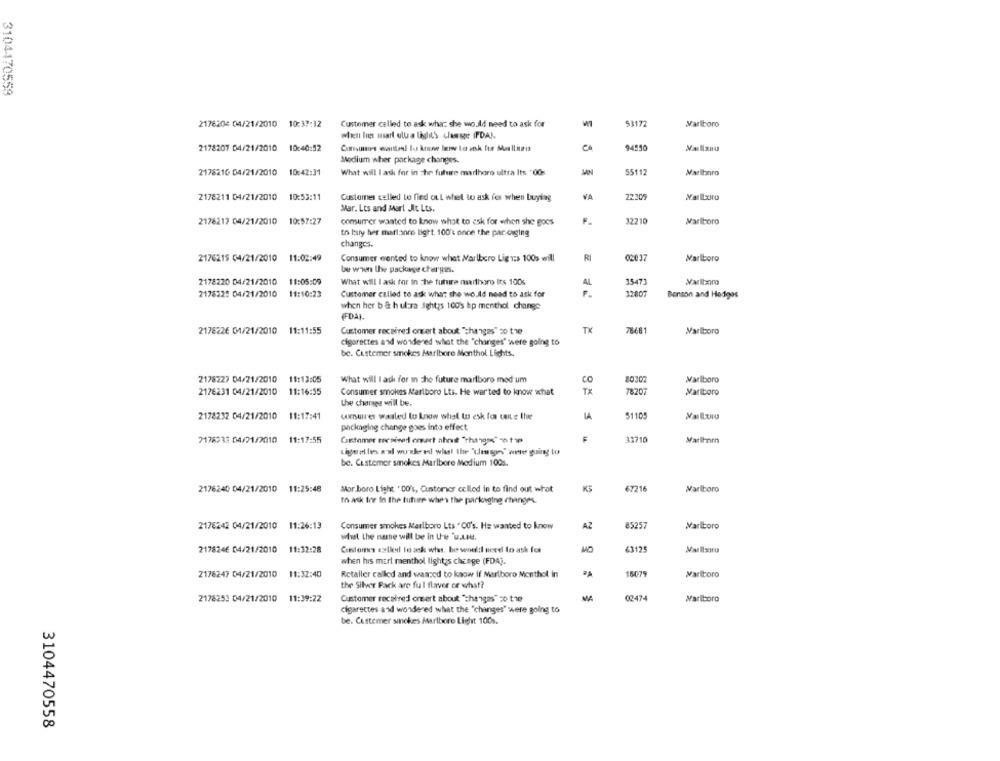
3104470559
53172
Marlboro
2176204 04/21/2010 10:37:32
Customer called to ask what she wo dd need to ask for
2178207 04/21/2010 10:40:52
94550
Medium wher package changes.
2178216 04/21/2010 10:42:31
What will I ask for in the future marlboro ultra Its +00s
5511:
Marlboro
2178211 04/21/2010
10:53:11
Customer called to find out whet to ask for when buying
VA
22305
Wallxiro
Mar. Lts and Marl Jit. Lts.
2176217 04/21/2010
10:57:27
comsurrer wanted to know what to ask for when she goes
3221
Marlboro
to bury hver mart:sore light. 100's once the par ciging
changes.
2176215 04/21/2010 11:02:49
Consumer wanted to know what Marlboro Lig T:> 100s will
R
02037
Marlboro
be when the package charges.
2178220 04/21/2010
11:05:09
What will I ask for in the future martharo Its 100s
35471
AL
217832: 04/21/2010
11:10:23
Customer called to ask what the wo.dd need to ask for
Benson and Hedges
when her ba h ulara ightys 100's hp menthol change
(FDA).
2178226 01/21/2010
11:11:55
Customer received onsert about "changes" zo the
TX
7868
Marlboro
cigarettes add wondered what the "changes" were going to
be. Custemer smokes Marlboro Menthol Lights.
2178227 04/21/2010 11:13:05
What will I ask for in The future marlboro med um
CO
20307
Marlboro
2176231 04/21/2010 11:16:55
Consumer smokes Marlboro Lts. He war ted to know what
78207
Marlboro
the charge will be.
2178232 04/21/2010 11:17:41
umures wanted to know what to esk for tante the
IA
51105
packaging change goes into effect
7178933 04/21/2010
11:17:55
Cutomer eenined omart ahruit "thango" on tap
31710
Marlhorn
Ligent les a'sl wuskred what the "\lesson" winter going to
be. Customer smokes Marlbore Medium 100s.
2176240 04/21/2010 11:25:48
Mor boro Light ' CO's, Customer cclled in to find out what
KS
67216
Marlboro
th Atk for In the future when the parkceging changes.
2178242 04/21/2010 11:26:13
Consumer smokes Marlboro Lts " O0's. He wanted to know
AZ
5257
Marlboro
what the name will be in the 'u.L.e.
2178246 04/21/2010 11:32:28
Cantores eztkel la ask whs. he would need In ask for
when his mert menthol lights change (FDA).
2178247 04/21/2010
11:32:40
Retailer called and waszed to know if Marlboro Monthol in
16-07
Marlboro
the Silver Pack are ful flavor of what?
2178253 04/21/2010 11:39:22
Customer received ortert about "changes" so the
0347
Marlboro
cigarettes and wondered what the "changes" were going to
be. Custemer sinckes Marlboro Light 100s.
3104470558